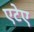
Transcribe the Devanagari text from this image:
एटेए